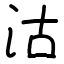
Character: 沽